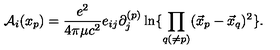
{ \cal A } _ { i } ( x _ { p } ) = { \frac { e ^ { 2 } } { 4 \pi \mu c ^ { 2 } } } e _ { i j } \partial _ { j } ^ { ( p ) } \ln \{ \prod _ { q ( \ne p ) } ( \vec { x } _ { p } - \vec { x } _ { q } ) ^ { 2 } \} .